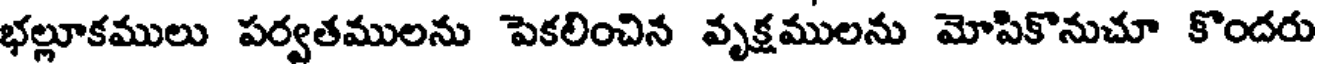
భల్లూకములు పర్వతములను పెకలించిన వృక్షములను మోపికొనుచూ కొందరు